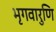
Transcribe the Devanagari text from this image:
भृगवारुणि